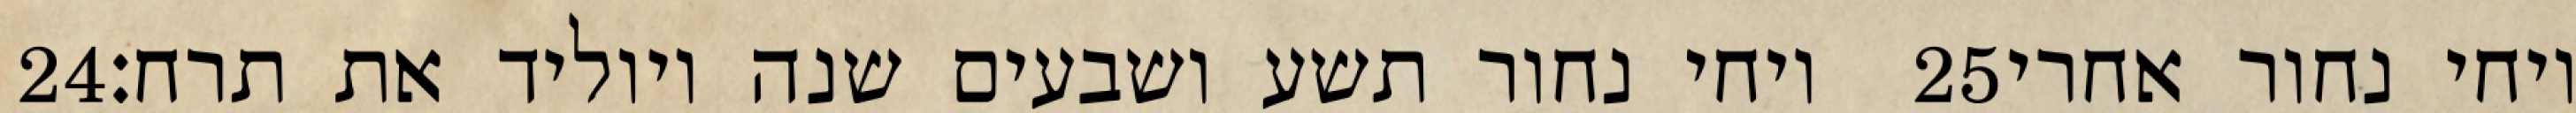
‎24‏ ויחי נחור תשע ושבעים שנה ויוליד את תרח׃ ‎25‏ ויחי נחור אחרי